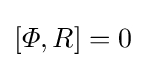
\left[\varPhi ,R\right]=0